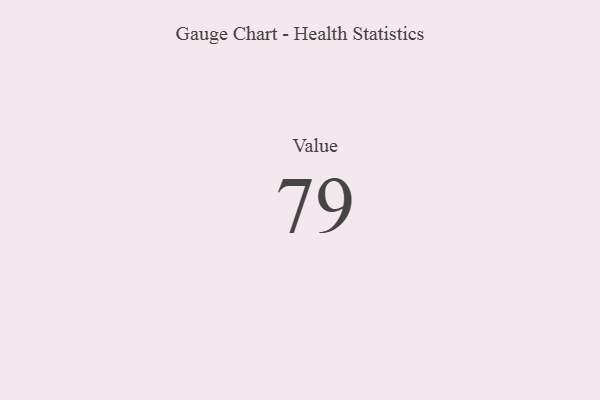
{"axis": {"x": "Metric", "y": "Value"}, "legend": [""], "data": [{"x": "Value", "y": 79, "type": ""}]}